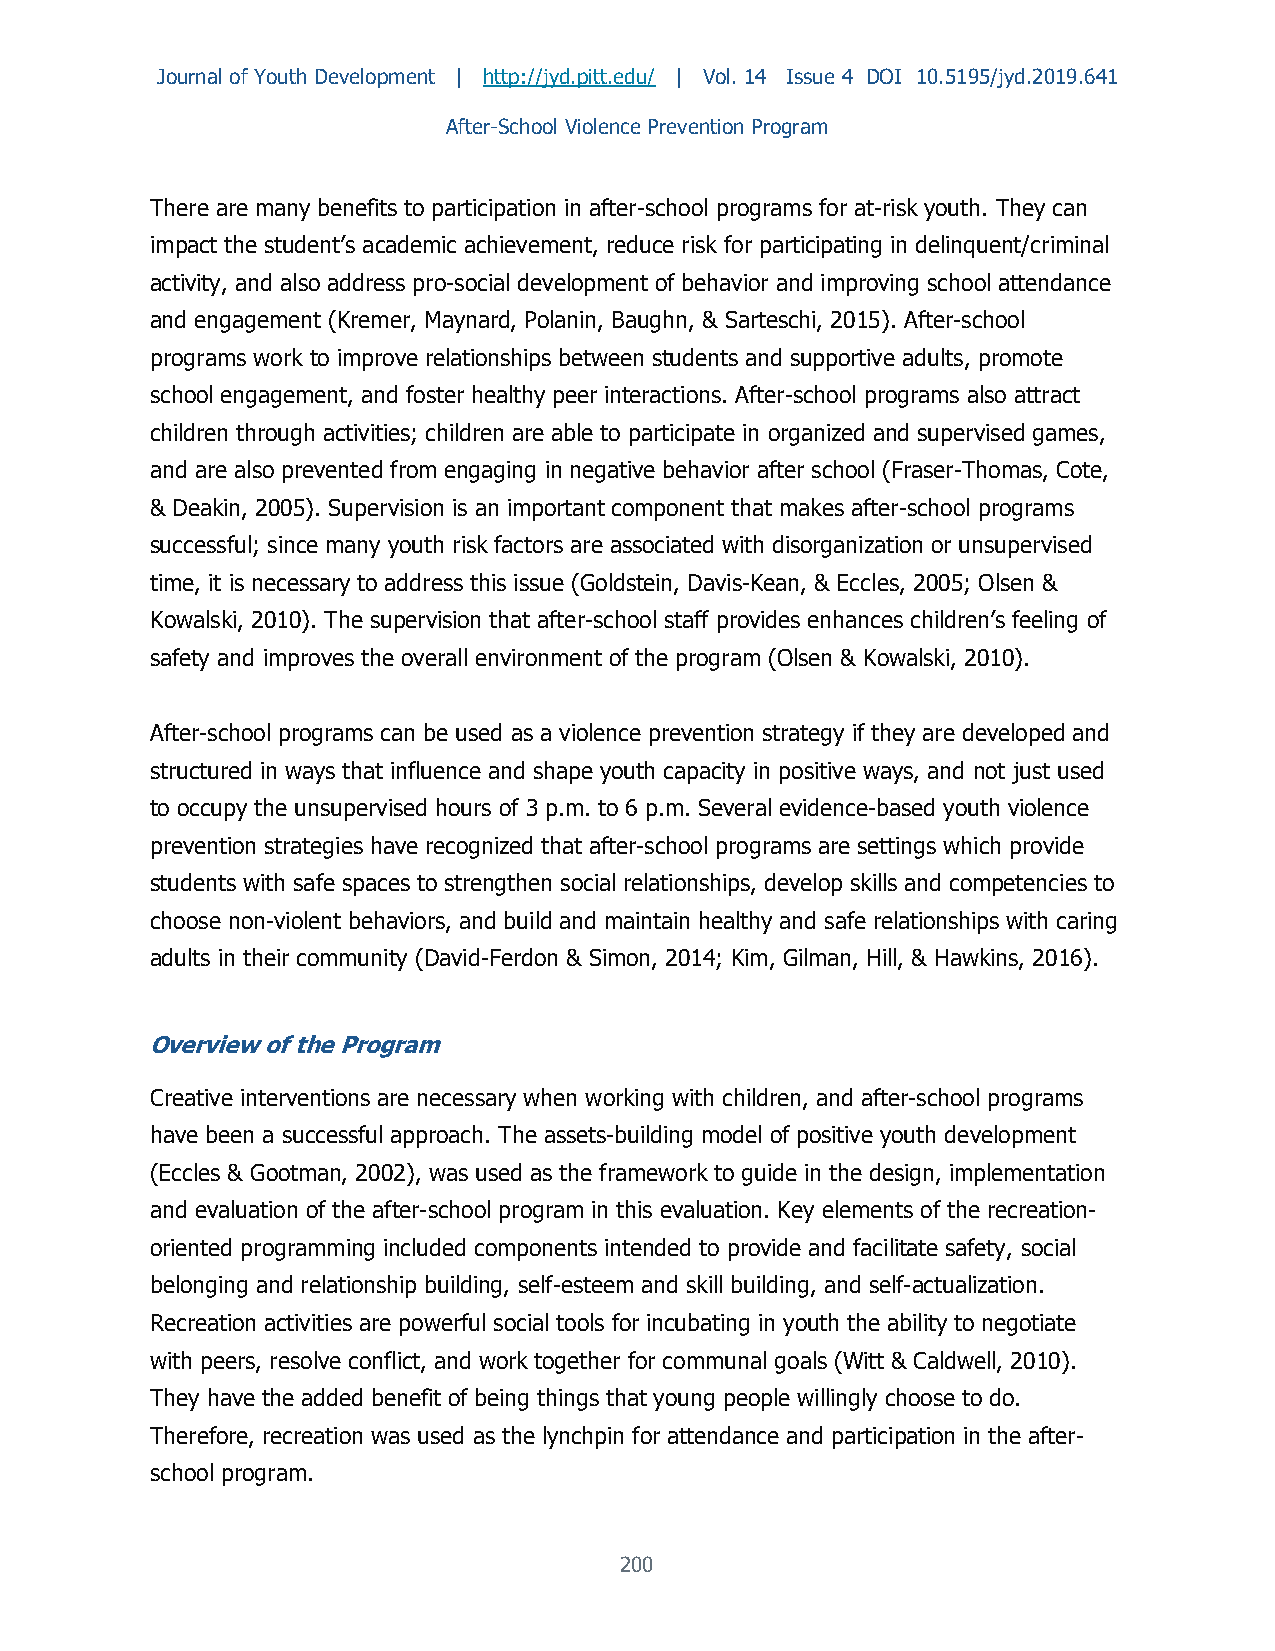
Journal of Youth Development | http://jyd.pitt.edu/ | Vol. 14 Issue 4 DOI 10.5195/jyd.2019.641
 After-School Violence Prevention Program
 There are many benefits to participation in after-school programs for at-risk youth. They can
 impact the student’s academic achievement, reduce risk for participating in delinquent/criminal
 activity, and also address pro-social development of behavior and improving school attendance
 and engagement (Kremer, Maynard, Polanin, Baughn, & Sarteschi, 2015). After-school
 programs work to improve relationships between students and supportive adults, promote
 school engagement, and foster healthy peer interactions. After-school programs also attract
 children through activities; children are able to participate in organized and supervised games,
 and are also prevented from engaging in negative behavior after school (Fraser-Thomas, Cote,
 & Deakin, 2005). Supervision is an important component that makes after-school programs
 successful; since many youth risk factors are associated with disorganization or unsupervised
 time, it is necessary to address this issue (Goldstein, Davis-Kean, & Eccles, 2005; Olsen &
 Kowalski, 2010). The supervision that after-school staff provides enhances children’s feeling of
 safety and improves the overall environment of the program (Olsen & Kowalski, 2010).
 After-school programs can be used as a violence prevention strategy if they are developed and
 structured in ways that influence and shape youth capacity in positive ways, and not just used
 to occupy the unsupervised hours of 3 p.m. to 6 p.m. Several evidence-based youth violence
 prevention strategies have recognized that after-school programs are settings which provide
 students with safe spaces to strengthen social relationships, develop skills and competencies to
 choose non-violent behaviors, and build and maintain healthy and safe relationships with caring
 adults in their community (David-Ferdon & Simon, 2014; Kim, Gilman, Hill, & Hawkins, 2016).
 Overview of the Program
 Creative interventions are necessary when working with children, and after-school programs
 have been a successful approach. The assets-building model of positive youth development
 (Eccles & Gootman, 2002), was used as the framework to guide in the design, implementation
 and evaluation of the after-school program in this evaluation. Key elements of the recreation-
 oriented programming included components intended to provide and facilitate safety, social
 belonging and relationship building, self-esteem and skill building, and self-actualization.
 Recreation activities are powerful social tools for incubating in youth the ability to negotiate
 with peers, resolve conflict, and work together for communal goals (Witt & Caldwell, 2010).
 They have the added benefit of being things that young people willingly choose to do.
 Therefore, recreation was used as the lynchpin for attendance and participation in the after-
 school program.
 200